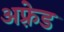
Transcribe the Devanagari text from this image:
अफ़्रेड